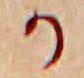
か